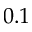
0 . 1